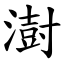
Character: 澍